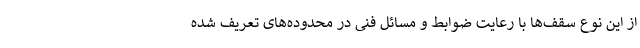
از این نوع سقف‌ها با رعایت ضوابط و مسائل فنی در محدوده‌های تعریف شده